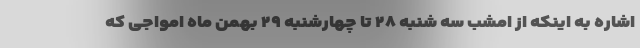
اشاره به اینکه از امشب سه شنبه ۲۸ تا چهارشنبه ۲۹ بهمن ماه امواجی که